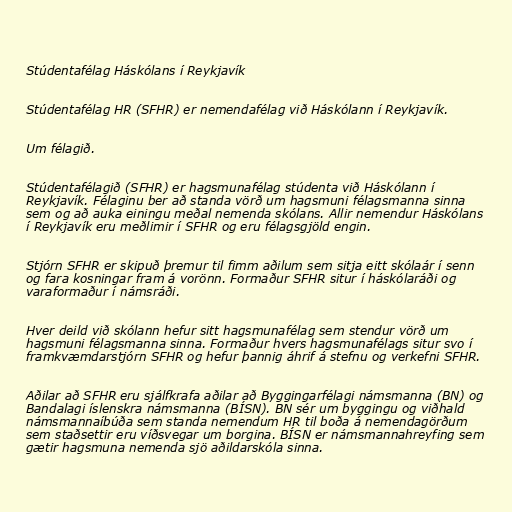
Stúdentafélag Háskólans í Reykjavík

Stúdentafélag HR (SFHR) er nemendafélag við Háskólann í Reykjavík.

Um félagið.

Stúdentafélagið (SFHR) er hagsmunafélag stúdenta við Háskólann í
Reykjavík. Félaginu ber að standa vörð um hagsmuni félagsmanna sinna
sem og að auka einingu meðal nemenda skólans. Allir nemendur Háskólans
í Reykjavík eru meðlimir í SFHR og eru félagsgjöld engin.

Stjórn SFHR er skipuð þremur til fimm aðilum sem sitja eitt skólaár í senn
og fara kosningar fram á vorönn. Formaður SFHR situr í háskólaráði og
varaformaður í námsráði.

Hver deild við skólann hefur sitt hagsmunafélag sem stendur vörð um
hagsmuni félagsmanna sinna. Formaður hvers hagsmunafélags situr svo í
framkvæmdarstjórn SFHR og hefur þannig áhrif á stefnu og verkefni SFHR.

Aðilar að SFHR eru sjálfkrafa aðilar að Byggingarfélagi námsmanna (BN) og
Bandalagi íslenskra námsmanna (BÍSN). BN sér um byggingu og viðhald
námsmannaíbúða sem standa nemendum HR til boða á nemendagörðum
sem staðsettir eru víðsvegar um borgina. BÍSN er námsmannahreyfing sem
gætir hagsmuna nemenda sjö aðildarskóla sinna.